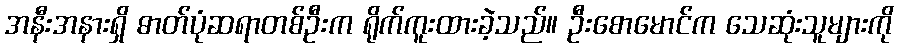
အနီးအနားရှိ ဓာတ်ပုံဆရာတစ်ဦးက ရိုက်ကူးထားခဲ့သည်။ ဦးစောမောင်က သေဆုံးသူများကို